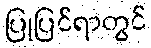
ပြုပြင်ရာတွင်